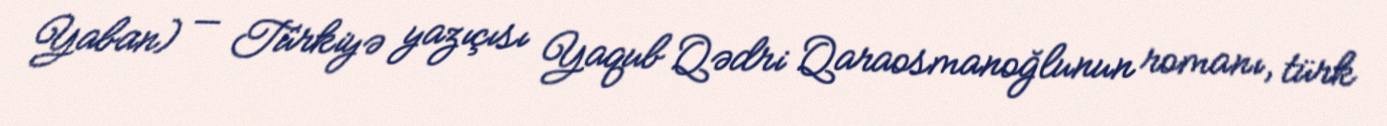
Yaban) — Türkiyə yazıçısı Yaqub Qədri Qaraosmanoğlunun romanı, türk